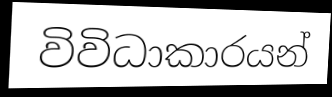
විවිධාකාරයන්